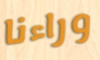
وراءنا